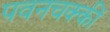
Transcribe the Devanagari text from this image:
पवनचक्कीं